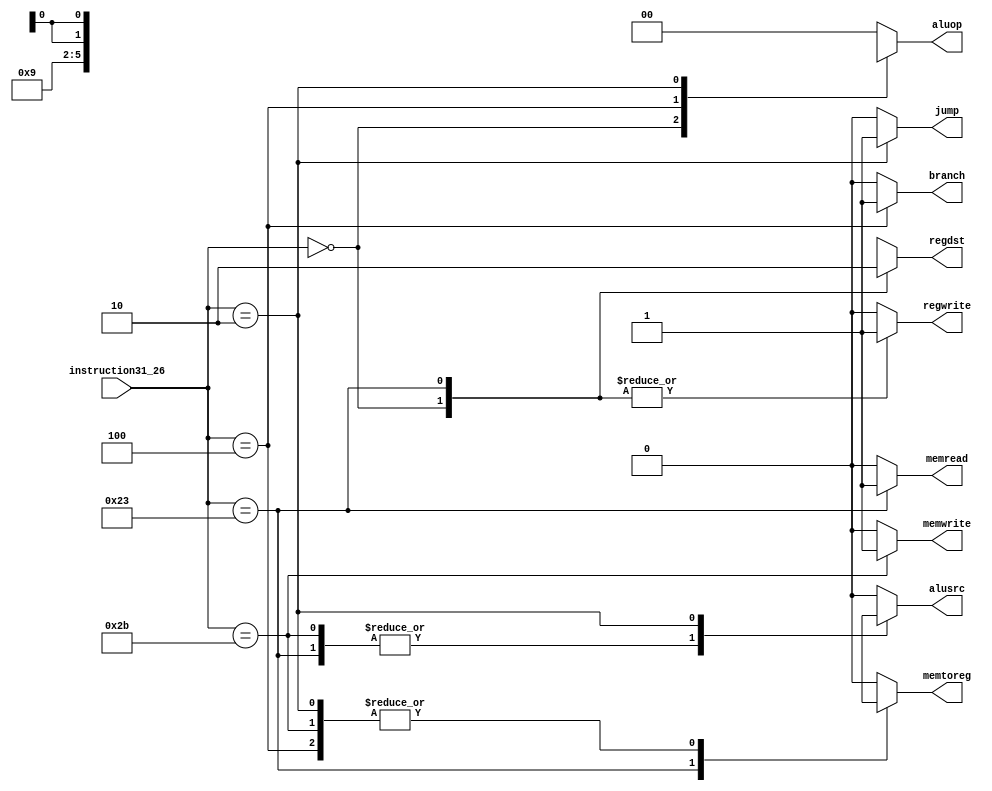
module Control (
    input [5:0] instruction31_26,
    output reg regdst,
    output reg jump,
    output reg branch,
    output reg memread,
    output reg memtoreg,
    output reg [1:0] aluop,
    output reg memwrite,
    output reg alusrc,
    output reg regwrite
);

  always @(*) begin
    case (instruction31_26)
      6'b000000: begin
        regdst = 1;
        jump = 0;
        branch = 0;
        memread = 0;
        memtoreg = 0;
        aluop = 2'b10;
        memwrite = 0;
        alusrc = 0;
        regwrite = 1;
      end
      6'b100011: begin
        regdst = 0;
        jump = 0;
        branch = 0;
        memread = 1;
        memtoreg = 1;
        aluop = 2'b00;
        memwrite = 0;
        alusrc = 1;
        regwrite = 1;
      end
      6'b101011: begin
        regdst = 1'bx;
        jump = 0;
        branch = 0;
        memread = 0;
        memtoreg = 1'bx;
        aluop = 2'b00;
        memwrite = 1;
        alusrc = 1;
        regwrite = 0;
      end
      6'b000100: begin
        regdst = 1'bx;
        jump = 0;
        branch = 1;
        memread = 0;
        memtoreg = 1'bx;
        aluop = 2'b01;
        memwrite = 0;
        alusrc = 0;
        regwrite = 0;
      end
      6'b000010: begin
        regdst = 1'bx;
        jump = 1;
        branch = 0;
        memread = 0;
        memtoreg = 1'bx;
        aluop = 2'bxx;
        memwrite = 0;
        alusrc = 1'bx;
        regwrite = 0;
      end
      default: begin
        regdst = 1'bx;
        jump = 0;
        branch = 0;
        memread = 0;
        memtoreg = 0;
        aluop = 2'b00;
        memwrite = 0;
        alusrc = 0;
        regwrite = 0;
      end
    endcase
  end
endmodule